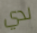
لدي